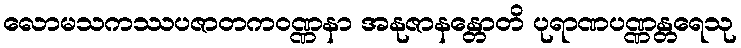
လောမသကဿပဇာတကဝဏ္ဏနာ အနုဇာနန္တောတိ ပုရာဏပဏ္ဏန္တရေသု